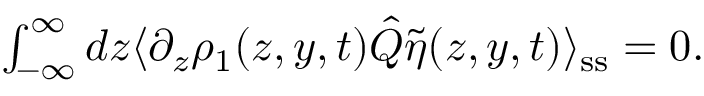
\begin{array} { r } { \int _ { - \infty } ^ { \infty } d z \langle \partial _ { z } \rho _ { 1 } ( z , y , t ) \hat { Q } \tilde { \eta } ( z , y , t ) \rangle _ { \mathrm { s s } } = 0 . } \end{array}